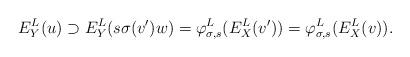
LaTeX: \begin{align*}E^L_Y(u) \supset E^L_Y(s \sigma(v')w) = \varphi_{\sigma, s}^L(E^L_X(v')) = \varphi_{\sigma, s}^L(E^L_X(v)).\end{align*}